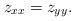
LaTeX: \begin{align*}z_{xx}=z_{yy}. \end{align*}